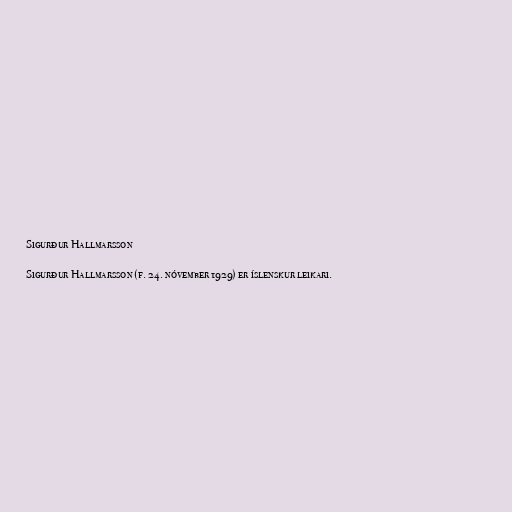
Sigurður Hallmarsson

Sigurður Hallmarsson (f. 24. nóvember 1929) er íslenskur leikari.